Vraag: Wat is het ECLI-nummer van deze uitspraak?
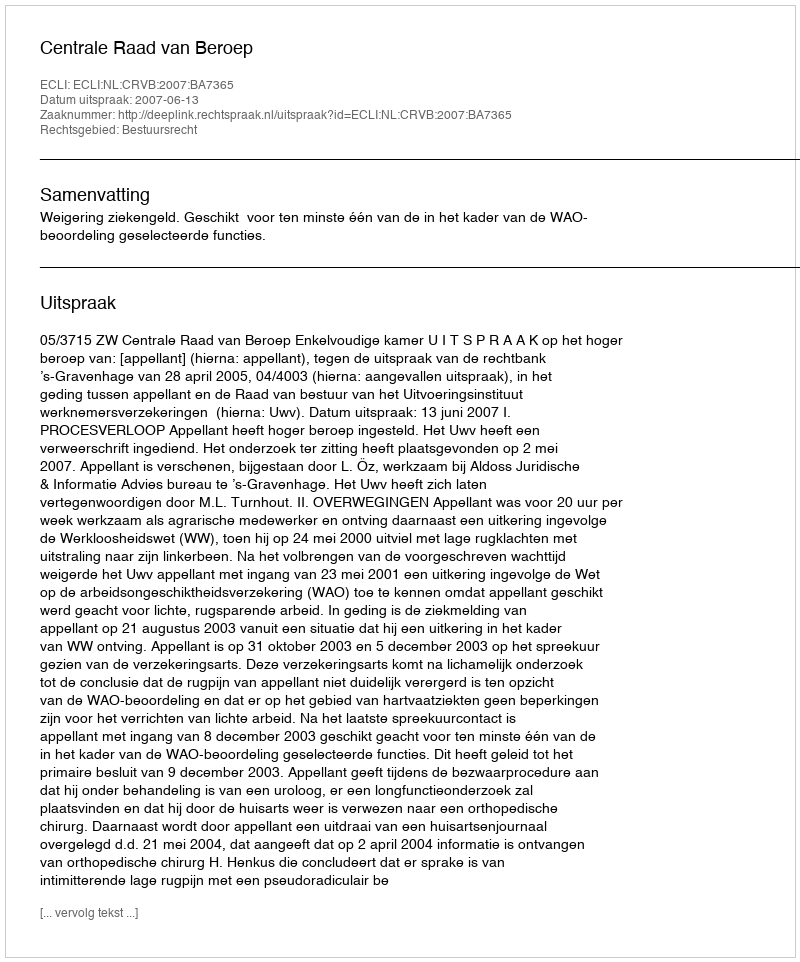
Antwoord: ECLI:NL:CRVB:2007:BA7365